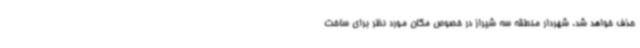
حذف خواهد شد. شهردار منطقه سه شیراز در خصوص مکان مورد نظر برای ساخت